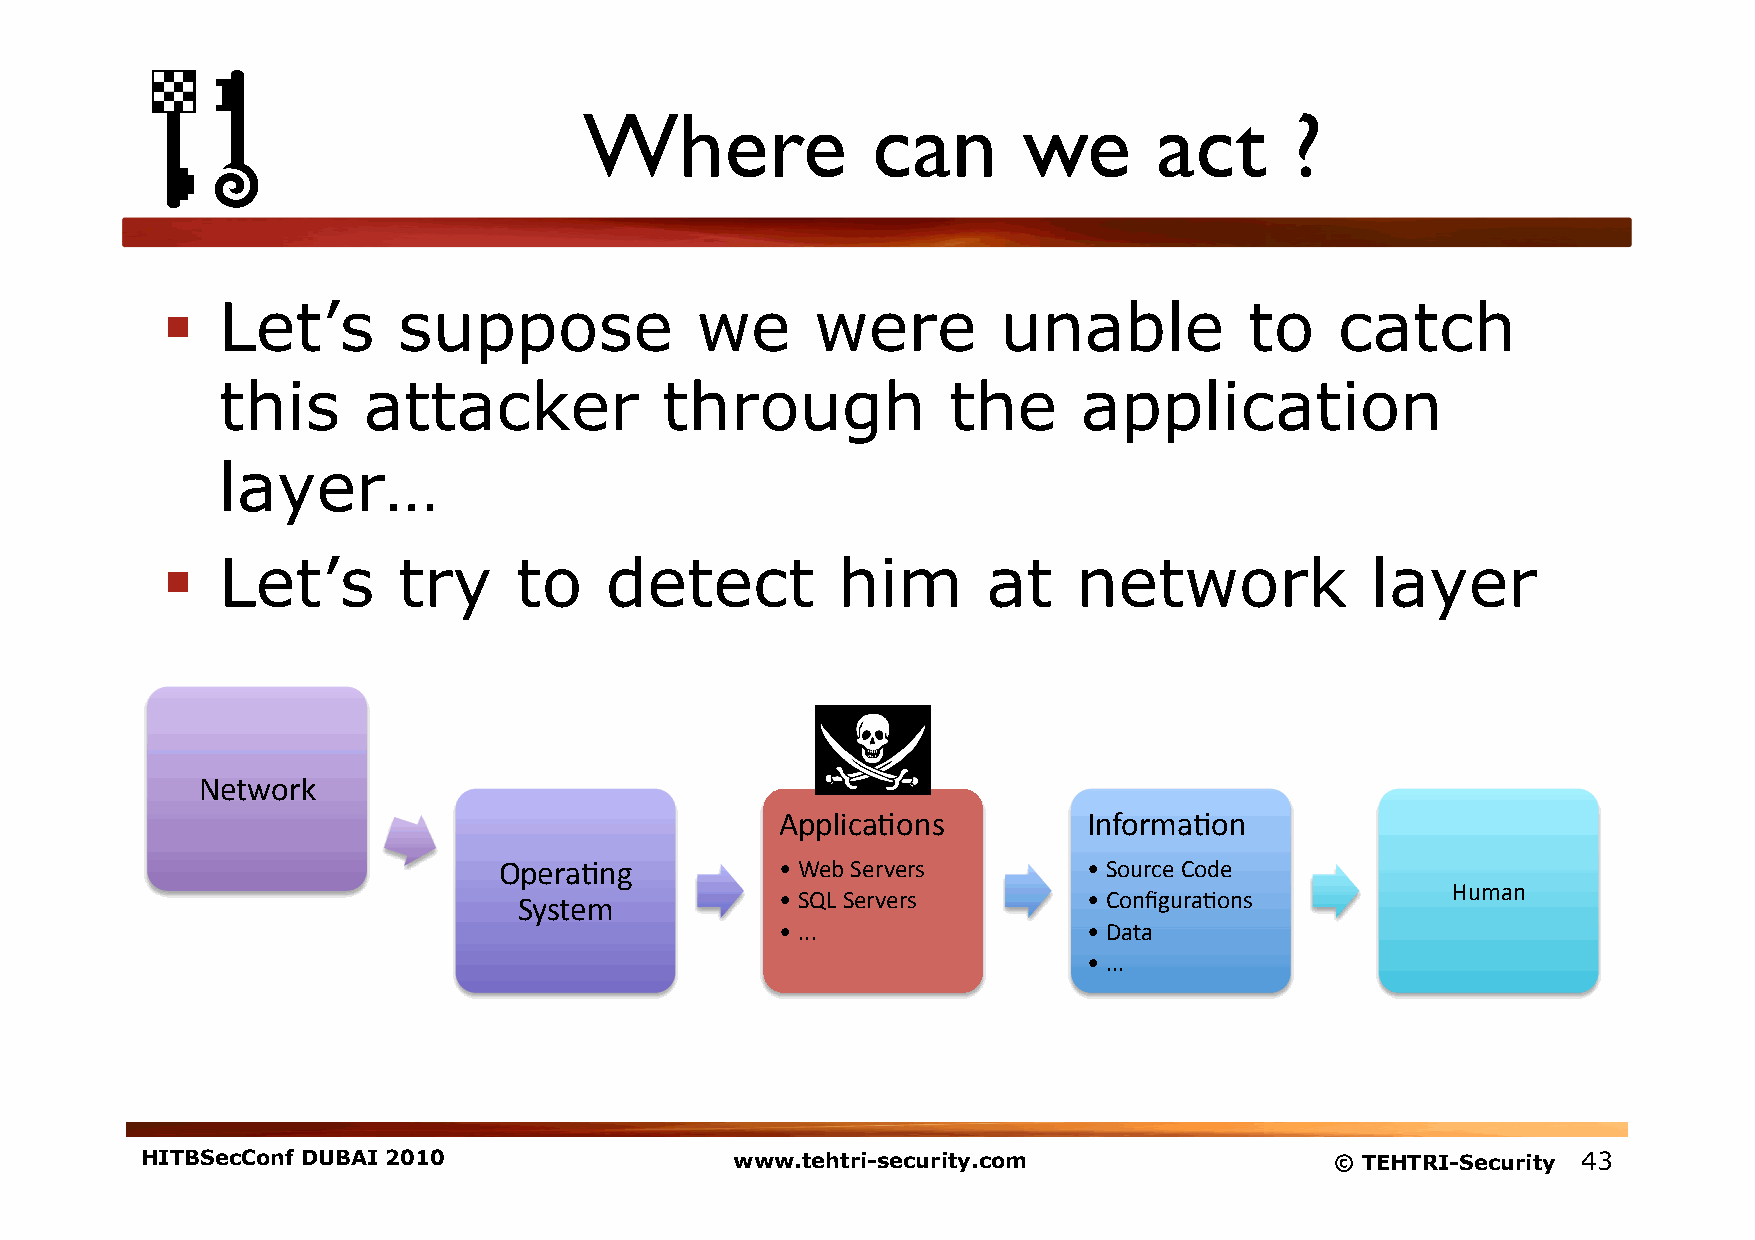
Where              can       we       act     ?
   Let’s       suppose             we      were        unable           to    catch
 this      attacker            through            the      application
 layer…
   Let’s       try     to    detect         him       at    network             layer
 Network
 Applica1ons         Informa1on
 Opera1ng           • Web Servers       • Source Code
 Human
 System            • SQL Servers       • Configura1ons
 • ...               • Data
 • ...
 HITBSecConf DUBAI 2010                  www.tehtri-security.com                © TEHTRI-Security 43